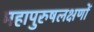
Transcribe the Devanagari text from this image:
महापुरुषलक्षणों